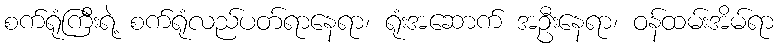
စက်ရုံကြီးရဲ့ စက်ရုံလည်ပတ်ရာနေရာ၊ ရုံးအဆောက် အဦးနေရာ၊ ဝန်ထမ်းအိမ်ရာ